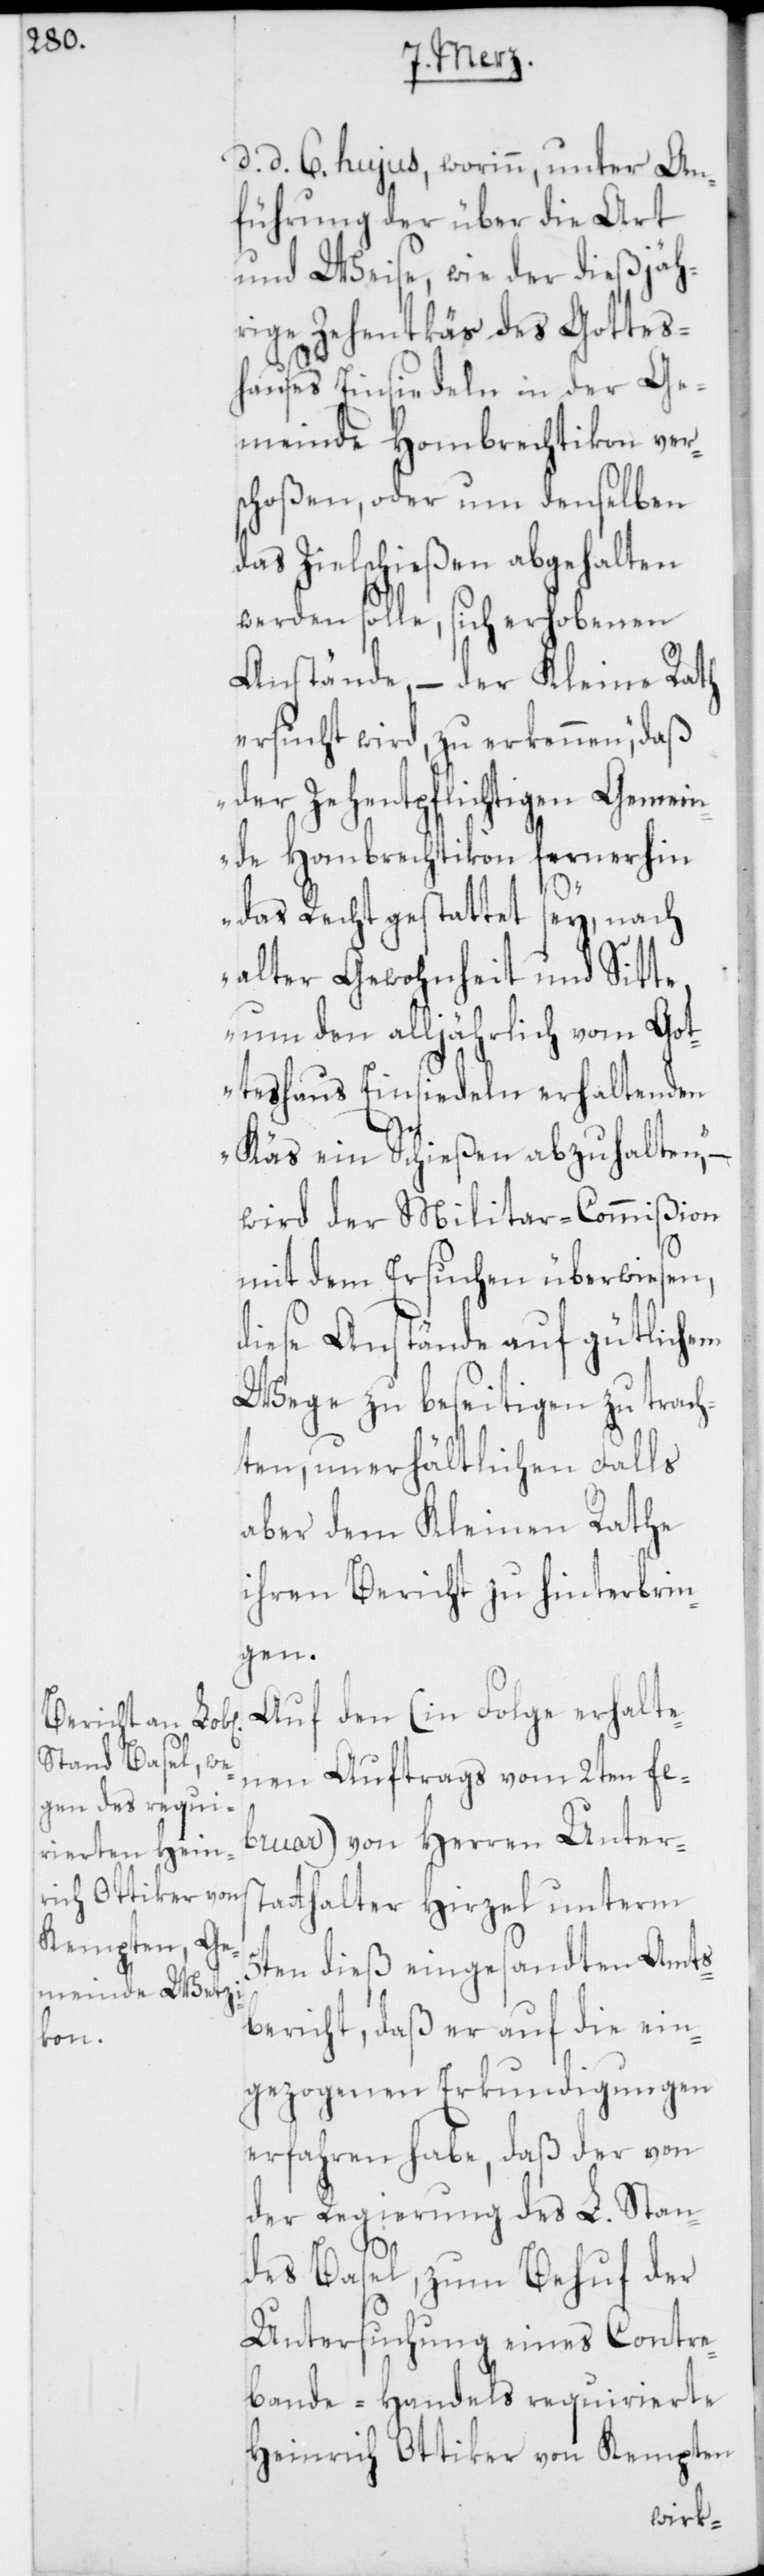
d. d. 6ten hujus, worinn, unter An¬
führung der über die Art
und Weise, wie der dießjäh¬
rige Zehentkäs des Gottes¬
hauses Einsiedeln in der Ge¬
meinde Hombrechtikon ver¬
schoßen, oder um denselben
das Zielschießen abgehalten
werden solle, sich erhobenen
Anstände, – der Kleine Rath
ersucht wird, zu erkennen, „daß
der zehentpflichtigen Gemein¬
de Hombrechtikon fernerhin
das Recht gestattet sey, nach
alter Gewohnheit und Sitte,
um den alljährlich vom Got¬
teshaus Einsiedeln erhaltenden
Käs ein Schießen abzuhalten“, –
wird der Militar-Commißion
mit dem Ersuchen überwiesen,
diese Anstände auf gütlichem
Wege zu beseitigen zu trach¬
ten, unerhältlichen Falls
aber dem Kleinen Rathe
ihren Bericht zu hinterbrin¬
gen.
Auf den (in Folge erhalte¬
nen Auftrags vom 2ten Fe¬
bruar) von Herren Unters¬
tatthalter Hirzel unterm
5ten dieß eingesandten Amts¬
bericht, daß er auf die ein¬
gezogenen Erkundigungen
erfahren habe, daß der von
der Regierung des L. Stan¬
des Basel, zum Behuf der
Untersuchung eines Contre¬
bande-Handels requirierte
Heinrich Ottiker von Kempten